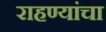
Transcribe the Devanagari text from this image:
राहण्यांचा